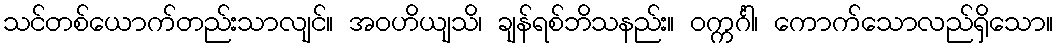
သင်တစ်ယောက်တည်းသာလျင်။ အဝဟိယျသိ၊ ချန်ရစ်ဘိသနည်း။ ဝက္ကင်္ဂါ၊ ကောက်သောလည်ရှိသော။